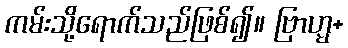
ကမ်းသို့ရောက်သည်ဖြစ်၍။ ဗြာဟ္မ+